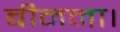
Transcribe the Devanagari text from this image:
बीनना।